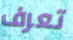
تعرف